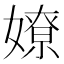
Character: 嫽